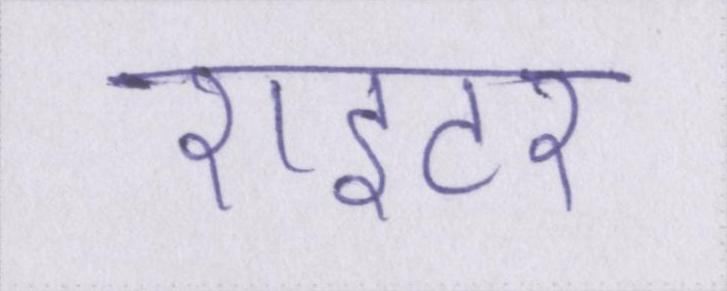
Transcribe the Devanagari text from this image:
राइटर